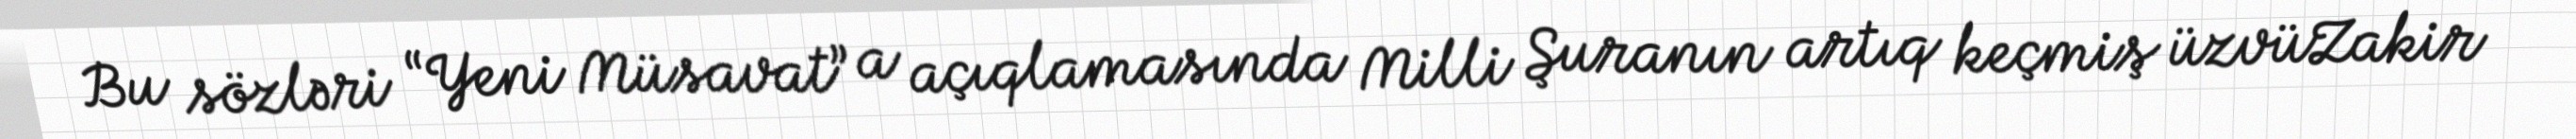
Bu sözləri “Yeni Müsavat” a açıqlamasında Milli Şuranın artıq keçmiş üzvüZakir